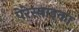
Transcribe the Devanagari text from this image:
पेरेस्त्राइका